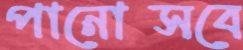
পানোত্সবে